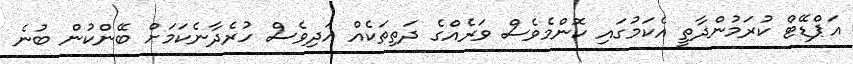
އަޕްޑޭޓް ކުރަމުންދާތީ އެކަމުގައި ކޮންމެވެސް ވަރެއްގެ ދަތިތަކެއް އަދިވެސް ހުރެދާނެކަމަށް ބޭންކުން ބުނެ